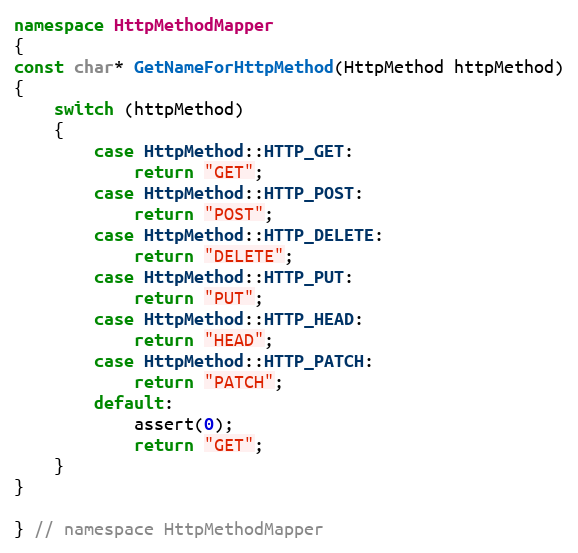
Language: C++
namespace HttpMethodMapper
{
const char* GetNameForHttpMethod(HttpMethod httpMethod)
{
    switch (httpMethod)
    {
        case HttpMethod::HTTP_GET:
            return "GET";
        case HttpMethod::HTTP_POST:
            return "POST";
        case HttpMethod::HTTP_DELETE:
            return "DELETE";
        case HttpMethod::HTTP_PUT:
            return "PUT";
        case HttpMethod::HTTP_HEAD:
            return "HEAD";
        case HttpMethod::HTTP_PATCH:
            return "PATCH";
        default:
            assert(0);
            return "GET";
    }
}

} // namespace HttpMethodMapper